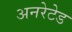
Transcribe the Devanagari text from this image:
अनरेटेड